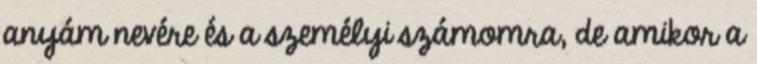
anyám nevére és a személyi számomra, de amikor a